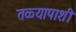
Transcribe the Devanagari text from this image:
तळ्यापाशी